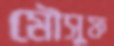
মৌসুফ